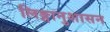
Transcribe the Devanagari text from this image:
लिङ्गानुशासन